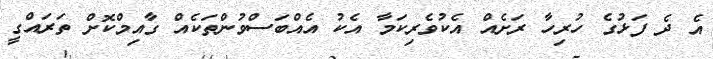
އެ ދެ ފަޅުގެ ހުރިހާ ރަށެއް އެކުވެރިކަމާ އެކު އެއްބަސްވުންތަކެއް ގާއިމްކޮށް ތަރައްގީ